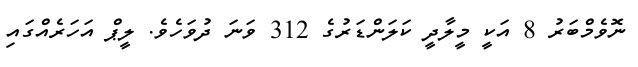
ނޮވެމްބަރު 8 އަކީ މީލާދީ ކަލަންޑަރުގެ 312 ވަނަ ދުވަހެވެ. ލީޕް އަހަރެއްގައި